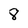
Character: 8